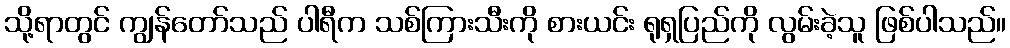
သို့ရာတွင် ကျွန်တော်သည် ပါရီက သစ်ကြားသီးကို စားယင်း ရုရှပြည်ကို လွမ်းခဲ့သူ ဖြစ်ပါသည်။